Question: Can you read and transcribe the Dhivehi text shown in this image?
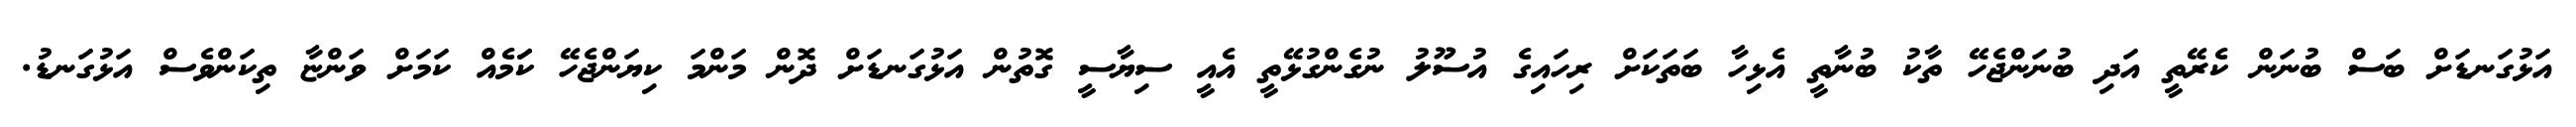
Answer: އަޅުގަނޑަށް ބަސް ބުނަން ކެރޭތީ އަދި ބުނަންޖެހޭ ތާކު ބުނާތީ އެޅިހާ ބަތަކަށް ރިހައިގެ އުސޫލު ނުގެންގުޅޭތީ އެއީ ސިޔާސީ ގޮތުން އަޅުގަނޑަށް ދޮން މަންމަ ކިޔަންޖެހޭ ކަަމެއް ކަމަށް ވަންޏާ ތިކަންވެސް އަޅުގަނޑު.